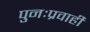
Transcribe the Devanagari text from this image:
पुनःप्रवाही